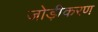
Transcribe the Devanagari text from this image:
जोड़ीकरण